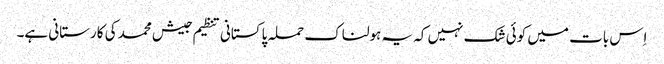
اِس بات میں کوئی شک نہیں کہ یہ ہولناک حملہ پاکستانی تنظیم جیش محمد کی کارستانی ہے۔